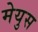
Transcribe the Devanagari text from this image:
मेयुस